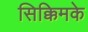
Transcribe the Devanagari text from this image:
सिक्किमके